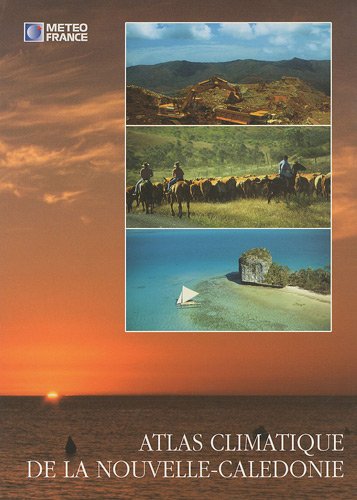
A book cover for Atlas climatique de la Nouvelle-Caledonie (French Edition); Travel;